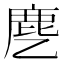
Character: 𬸺